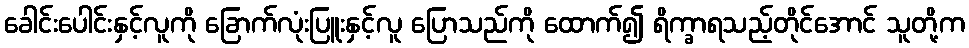
ခေါင်းပေါင်းနှင့်လူကို ခြောက်လုံးပြူးနှင့်လူ ပြောသည်ကို ထောက်၍ ရိက္ခာရသည့်တိုင်အောင် သူတို့က